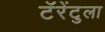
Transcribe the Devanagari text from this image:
टॅरेंटुला